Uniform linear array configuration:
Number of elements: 8
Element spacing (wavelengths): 0.25
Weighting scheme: blackman
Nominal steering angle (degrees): -30
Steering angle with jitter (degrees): -31.517
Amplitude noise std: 0.05
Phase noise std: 0.05

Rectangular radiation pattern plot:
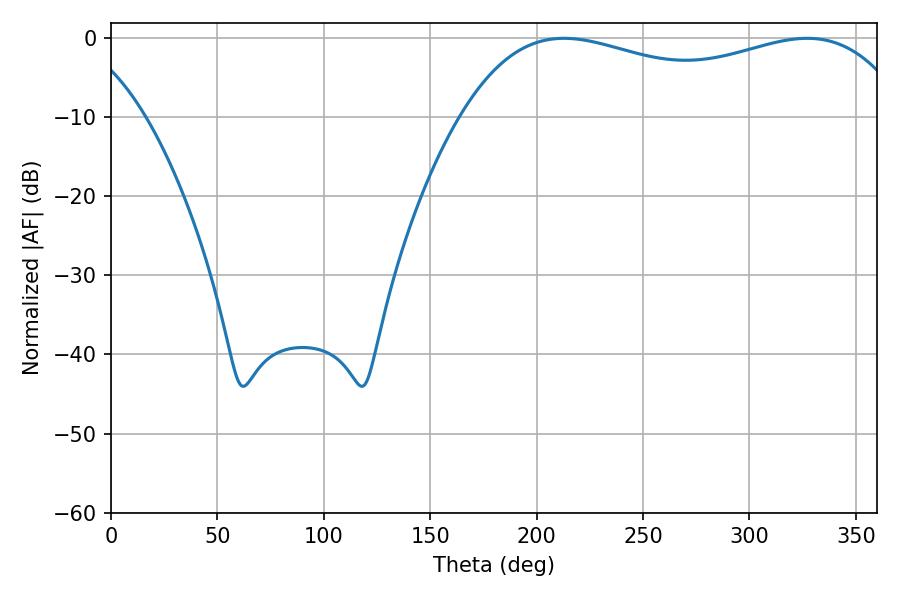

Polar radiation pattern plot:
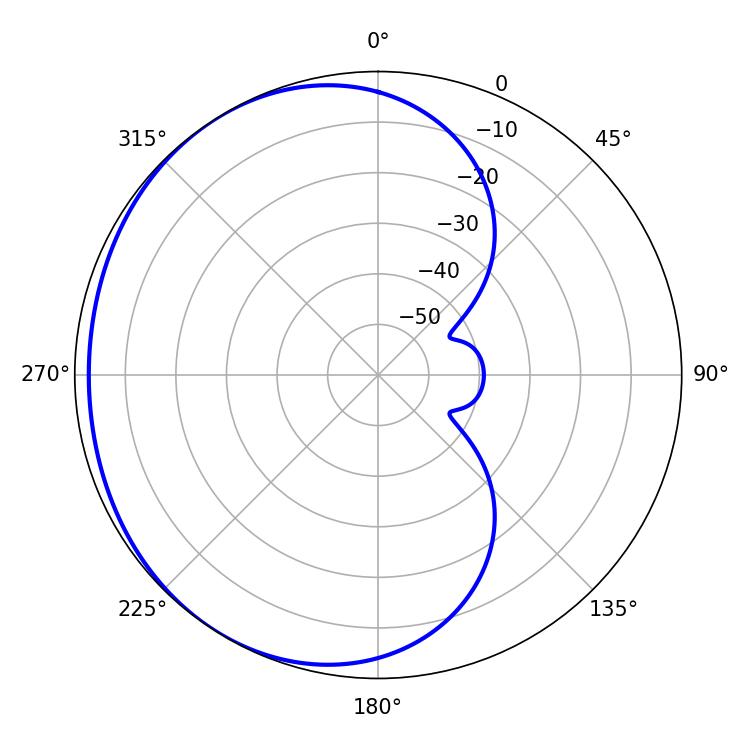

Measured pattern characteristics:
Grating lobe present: FALSE
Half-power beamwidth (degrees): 171.36
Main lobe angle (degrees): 212.76